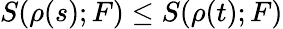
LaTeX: S(\rho(s);F)\le S(\rho(t);F)